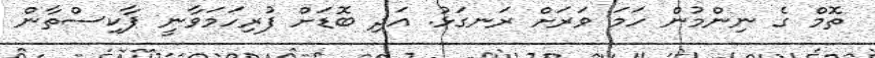
ތޮމް ގެ ނިންމުން ހަމަ ވަރަށް ރަނގަޅު. އަދި ބޮޑަށް ފުރިހަމަވާނީ ޕާކިސްތާން